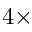
4 \times